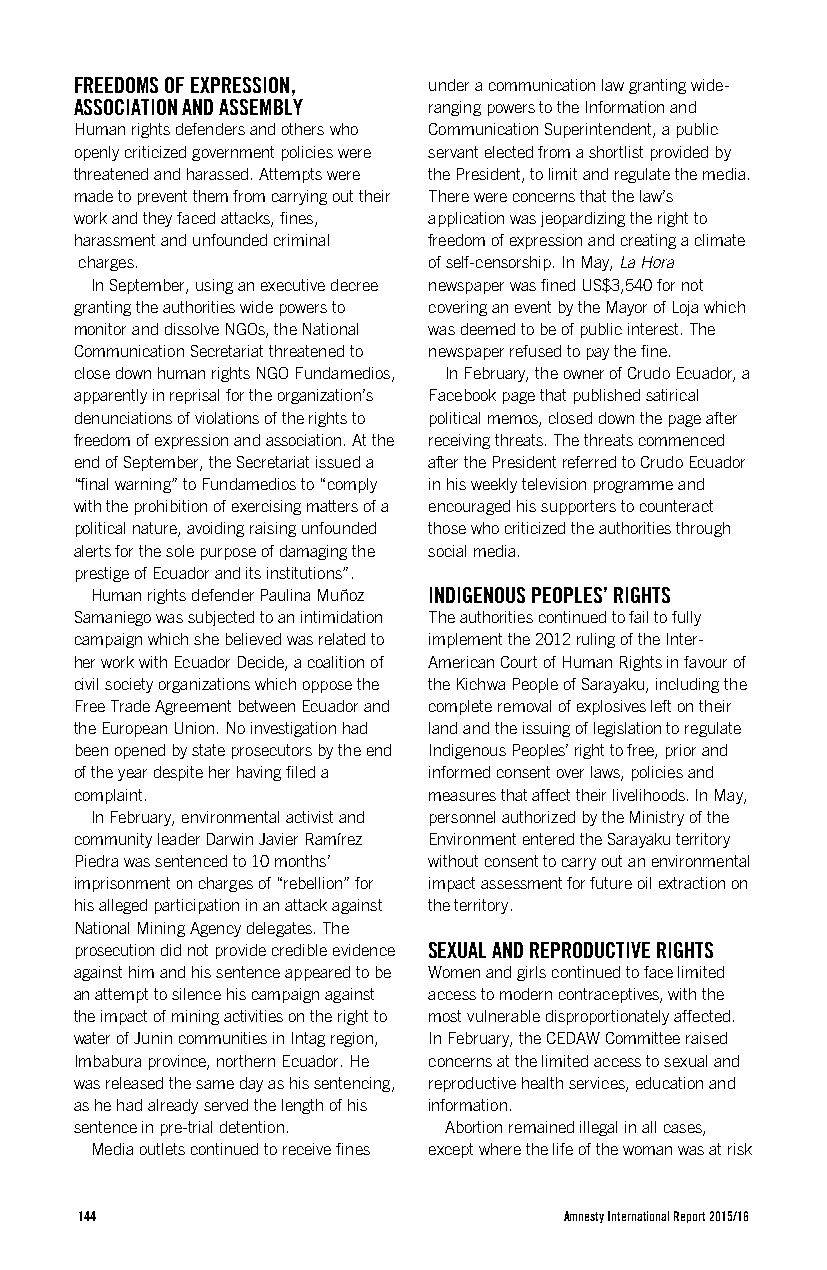
FREEDOMS OF EXPRESSION, under a communication law granting wide-
 ASSOCIATION AND ASSEMBLY ranging powers to the Information and
 Human rights defenders and others who Communication Superintendent, a public
 openly criticized government policies were servant elected from a shortlist provided by
 threatened and harassed. Attempts were the President, to limit and regulate the media.
 made to prevent them from carrying out their There were concerns that the law’s
 work and they faced attacks, fines, application was jeopardizing the right to
 harassment and unfounded criminal freedom of expression and creating a climate
 charges.               of self-censorship. In May, La Hora
 In September, using an executive decree newspaper was fined US$3,540 for not
 granting the authorities wide powers to covering an event by the Mayor of Loja which
 monitor and dissolve NGOs, the National was deemed to be of public interest. The
 Communication Secretariat threatened to newspaper refused to pay the fine.
 close down human rights NGO Fundamedios, In February, the owner of Crudo Ecuador, a
 apparently in reprisal for the organization’s Facebook page that published satirical
 denunciations of violations of the rights to political memos, closed down the page after
 freedom of expression and association. At the receiving threats. The threats commenced
 end of September, the Secretariat issued a after the President referred to Crudo Ecuador
 “final warning” to Fundamedios to “comply in his weekly television programme and
 with the prohibition of exercising matters of a encouraged his supporters to counteract
 political nature, avoiding raising unfounded those who criticized the authorities through
 alerts for the sole purpose of damaging the social media.
 prestige of Ecuador and its institutions”.
 Human rights defender Paulina Muñoz INDIGENOUS PEOPLES’ RIGHTS
 Samaniego was subjected to an intimidation The authorities continued to fail to fully
 campaign which she believed was related to implement the 2012 ruling of the Inter-
 her work with Ecuador Decide, a coalition of American Court of Human Rights in favour of
 civil society organizations which oppose the the Kichwa People of Sarayaku, including the
 Free Trade Agreement between Ecuador and complete removal of explosives left on their
 the European Union. No investigation had land and the issuing of legislation to regulate
 been opened by state prosecutors by the end Indigenous Peoples’ right to free, prior and
 of the year despite her having filed a informed consent over laws, policies and
 complaint.             measures that affect their livelihoods. In May,
 In February, environmental activist and personnel authorized by the Ministry of the
 community leader Darwin Javier Ramírez Environment entered the Sarayaku territory
 Piedra was sentenced to 10 months’ without consent to carry out an environmental
 imprisonment on charges of “rebellion” for impact assessment for future oil extraction on
 his alleged participation in an attack against the territory.
 National Mining Agency delegates. The
 prosecution did not provide credible evidence SEXUAL AND REPRODUCTIVE RIGHTS
 against him and his sentence appeared to be Women and girls continued to face limited
 an attempt to silence his campaign against access to modern contraceptives, with the
 the impact of mining activities on the right to most vulnerable disproportionately affected.
 water of Junin communities in Intag region, In February, the CEDAW Committee raised
 Imbabura province, northern Ecuador. He concerns at the limited access to sexual and
 was released the same day as his sentencing, reproductive health services, education and
 as he had already served the length of his information.
 sentence in pre-trial detention. Abortion remained illegal in all cases,
 Media outlets continued to receive fines except where the life of the woman was at risk
 144                             Amnesty International Report 2015/16